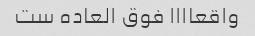
واقعاااا فوق العاده ست